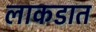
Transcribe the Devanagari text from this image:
लाकडात